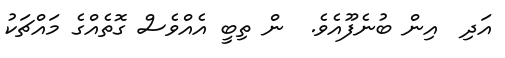
އަދި  އިން ބުނެފޫއެވެ.  ން ތިބީ އެއްވެސް ގޮތެއްގެ މައްޗަކު